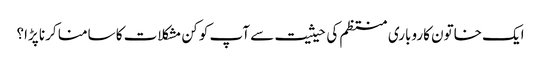
ایک خاتون کاروباری منتظم کی حیثیت سے آپ کو کن مشکلات کا سامنا کرنا پڑا؟